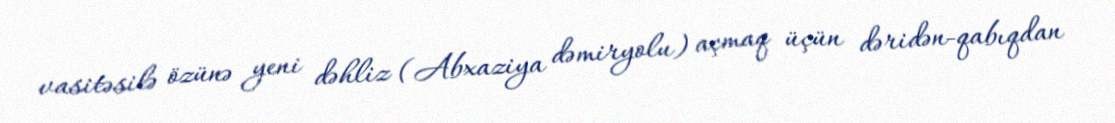
vasitəsilə özünə yeni dəhliz (Abxaziya dəmiryolu) açmaq üçün dəridən-qabıqdan